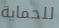
للحماية